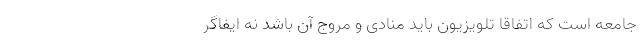
جامعه است که اتفاقاً تلویزیون باید منادی و مروج آن باشد نه ایفاگر